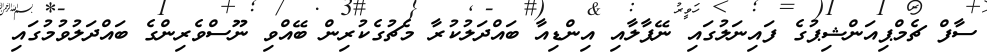
ސާފް ޗެމްޕިއަންޝިޕުގެ ފައިނަލުގައި ނޭޕާލާއި އިންޑިއާ ބައްދަލުކުރާ މެޗުގެކުރިން ބޭއްވި ނޫސްވެރިންގެ ބައްދަލުވުމުގައި